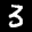
Label: 3